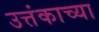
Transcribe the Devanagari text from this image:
उत्तंकाच्या